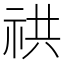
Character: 𥙖